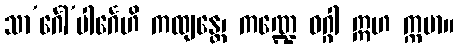
သာ’င်္ဂေါ’ပါင်္ဂေဟိ ကထျန္တေ၊ ကဏ္ဍေ ဝဂ္ဂါ ဣဟ က္ကမာ။